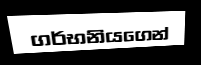
ගර්භනියගෙන්